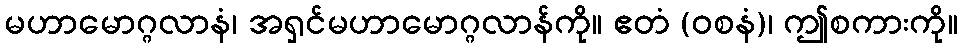
မဟာမောဂ္ဂလာနံ၊ အရှင်မဟာမောဂ္ဂလာန်ကို။ ဧတံ (ဝစနံ)၊ ဤစကားကို။